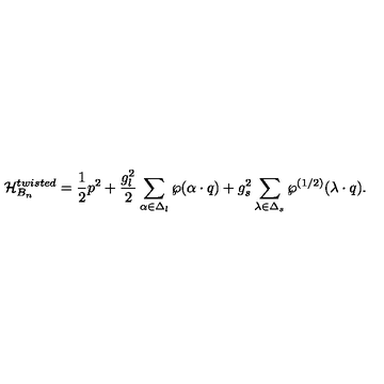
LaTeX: { \cal H } _ { B _ { n } } ^ { t w i s t e d } = { \frac { 1 } { 2 } } p ^ { 2 } + { \frac { g _ { l } ^ { 2 } } { 2 } } \sum _ { \alpha \in \Delta _ { l } } \wp ( \alpha \cdot q ) + { g _ { s } ^ { 2 } } \sum _ { \lambda \in \Delta _ { s } } \wp ^ { ( 1 / 2 ) } ( \lambda \cdot q ) .